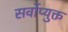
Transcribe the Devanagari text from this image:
सर्वोप्युक्त